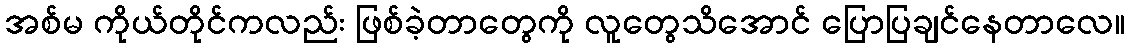
အစ်မ ကိုယ်တိုင်ကလည်း ဖြစ်ခဲ့တာတွေကို လူတွေသိအောင် ပြောပြချင်နေတာလေ။